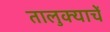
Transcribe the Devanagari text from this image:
तालुक्याचें